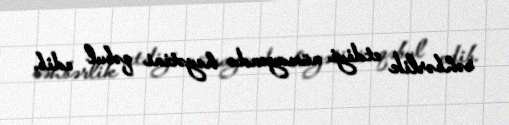
rəhbərlik etdiyi nümayəndə heyətini qəbul edib.